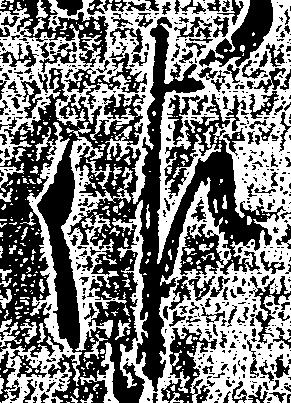
佐